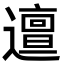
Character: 邅